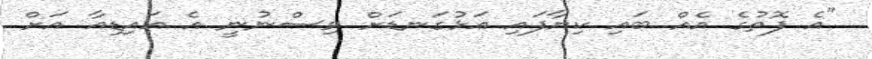
"އެ ފޮތުގެ އެއް ބައި ކިޔާފައި އަޅުގަނޑަށް ވިސްނުނީ އެ އައިޑިއާ އަށް